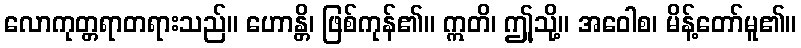
လောကုတ္တရာတရားသည်။ ဟောန္တိ၊ ဖြစ်ကုန်၏။ ဣတိ၊ ဤူသို့။ အဝေါစ၊ မိန့်တော်မူ၏။